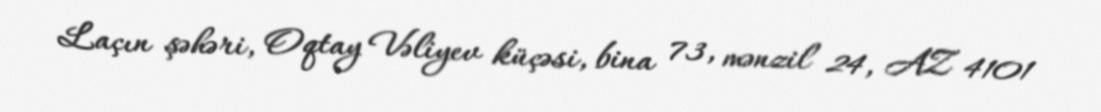
Laçın şəhəri, Oqtay Vəliyev küçəsi, bina 73, mənzil 24, AZ 4101